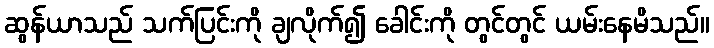
ဆွန်ယာသည် သက်ပြင်းကို ချလိုက်၍ ခေါင်းကို တွင်တွင် ယမ်းနေမိသည်။